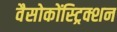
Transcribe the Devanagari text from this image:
वैसोकोंस्ट्रिक्शन